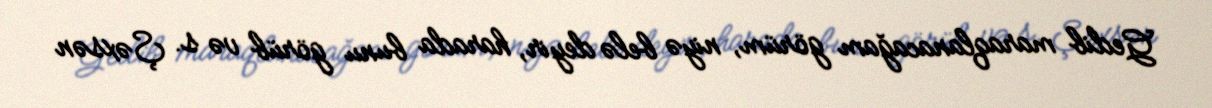
Gedib maraqlanacağam görüm, niyə belə deyir, harada bunu görüb və s. Şəxsən